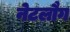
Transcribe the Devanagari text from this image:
नेटलौग